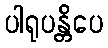
ပါရုပန္တိပေ